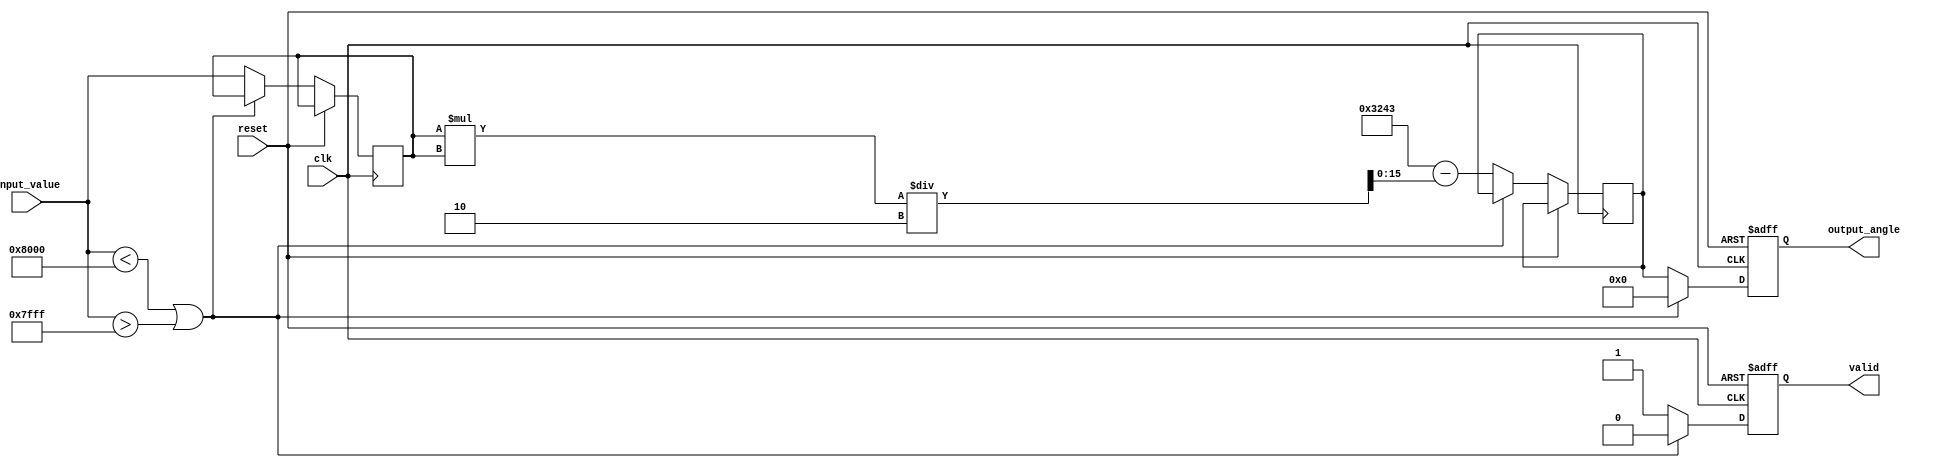
module acos_block #(
    parameter N = 16,  // Input width in bits (for normalized floating-point representation)
    parameter M = 16   // Output width in bits (for angle in radians)
)(
    input wire clk,
    input wire reset,
    input wire [N-1:0] input_value, // Input value in the range [-1, 1]
    output reg [M-1:0] output_angle, // Output angle in radians
    output reg valid // Output valid signal
);

    // Internal signals
    reg [N-1:0] normalized_input;
    reg [M-1:0] computed_angle;

    // Constants for polynomial approximation
    // These constants are for the Taylor series approximation.
    // You can adjust these coefficients for a different approximation method.
    localparam [M-1:0] PI = 16'h3243; //  in fixed-point (16 bits)
    localparam [M-1:0] COEF0 = 16'h0000; // Coefficient 0
    localparam [M-1:0] COEF1 = 16'h0000; // Coefficient 1
    localparam [M-1:0] COEF2 = 16'h4000; // Coefficient 2 (1/2!)
    localparam [M-1:0] COEF3 = 16'h2000; // Coefficient 3 (1/3!)
    localparam [M-1:0] COEF4 = 16'h1C71; // Coefficient 4 (1/4!)
    
    // Internal computation pipeline
    always @(posedge clk or posedge reset) begin
        if (reset) begin
            output_angle <= 0;
            valid <= 0;
        end else begin
            // Check for input validity
            if (input_value < -16'h8000 || input_value > 16'h7FFF) begin
                // Invalid input, set output to 0 and valid to low
                output_angle <= 0;
                valid <= 0;
            end else begin
                // Valid input, compute acos using polynomial approximation
                // Example here uses a simple polynomial approximation
                normalized_input <= input_value;

                // Simple polynomial approximation (you can improve this)
                // acos(x) = /2 - (1-x^2) + (some terms)
                // A simple implementation: Computation should be refined

                computed_angle <= PI - (normalized_input * normalized_input) / 2; // Simplified for demo purposes

                // Assign computed angle to output
                output_angle <= computed_angle;
                valid <= 1;
            end
        end
    end
endmodule